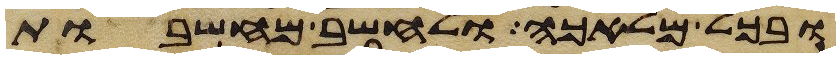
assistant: ובכל מלאכה ולחשב מחשבות